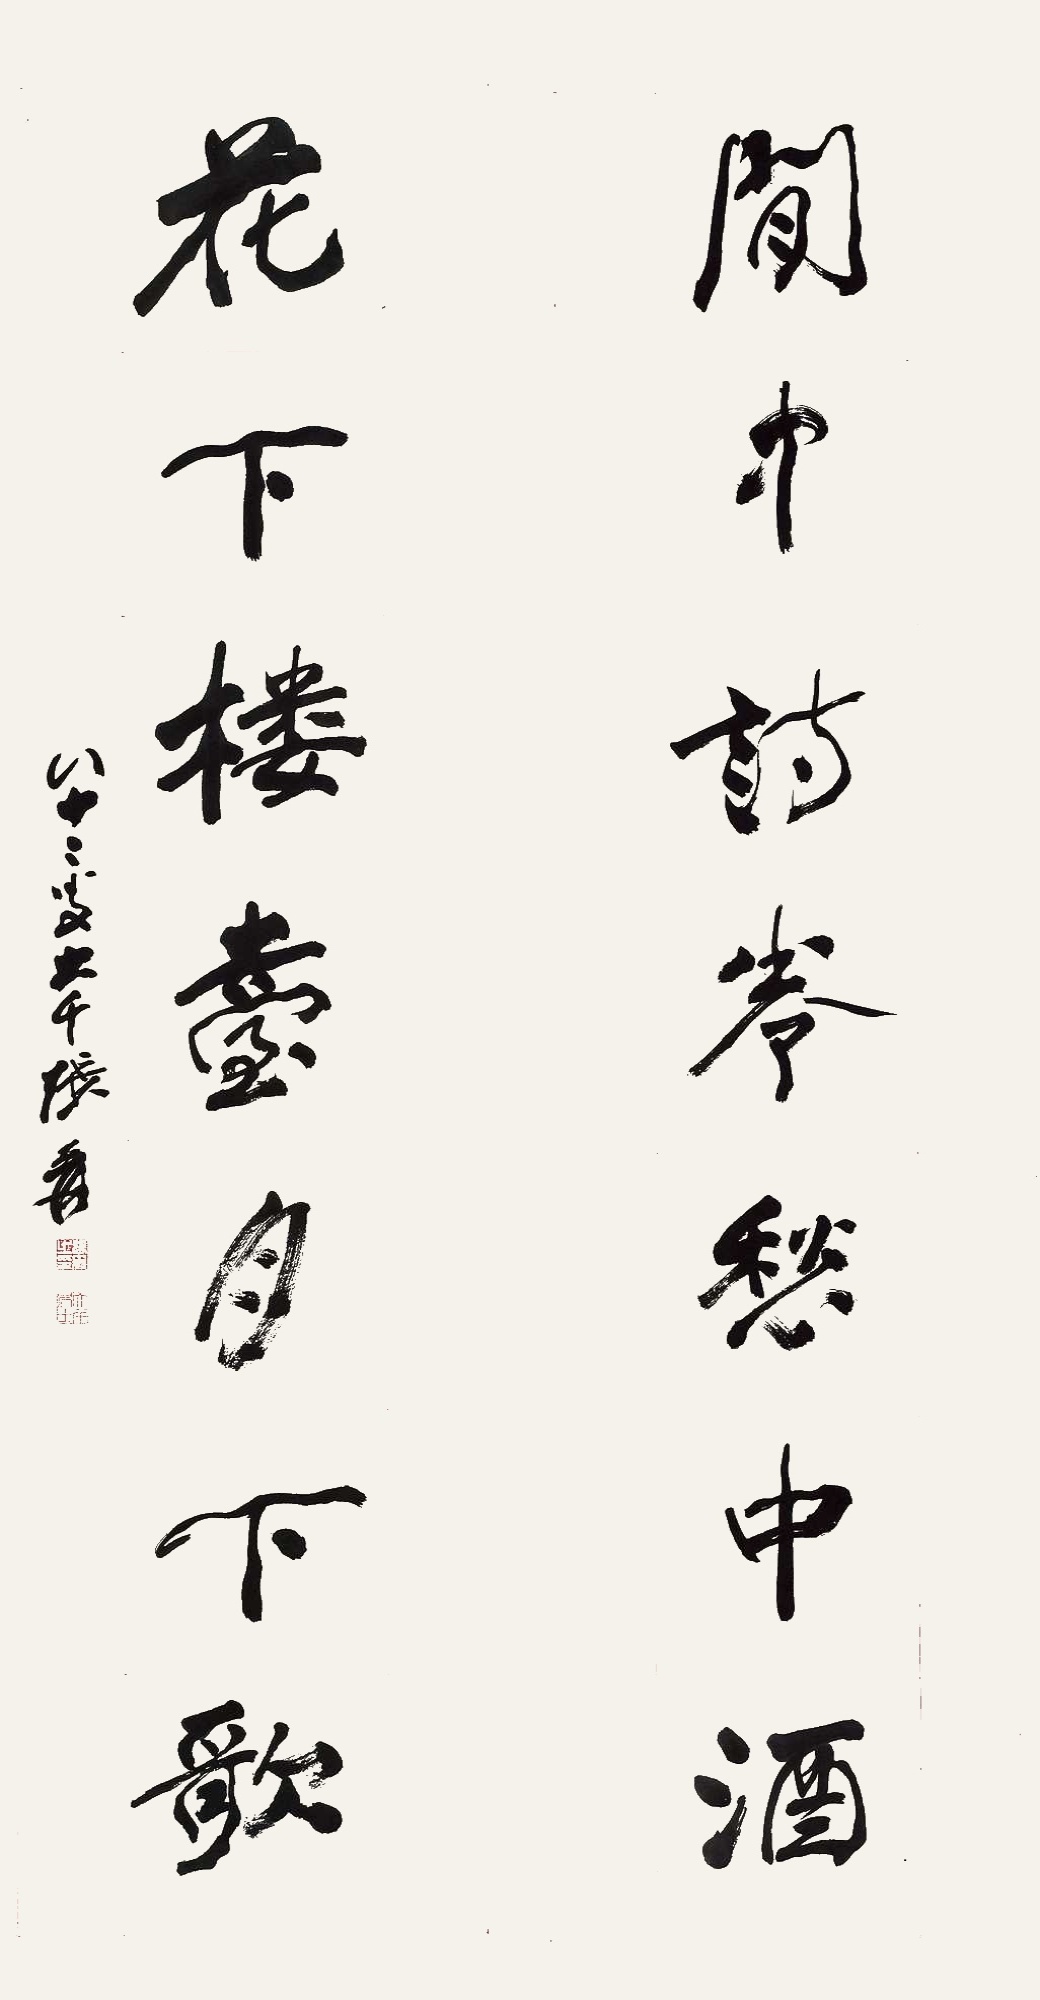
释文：闲中诗卷愁中酒，花下楼台月下歌。八十三叟大千张爰。